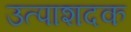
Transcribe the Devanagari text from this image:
उत्पाशदक